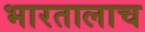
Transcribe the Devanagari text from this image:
भारतालाच